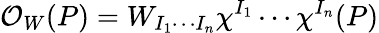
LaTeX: {\cal O}_{W}(P)=W_{I_{1}\cdots I_{n}}\chi^{I_{1}}\cdots\chi^{I_{n}}(P)